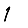
Digit: 1